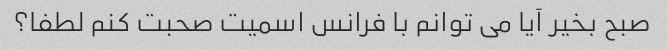
صبح بخیر آیا می توانم با فرانس اسمیت صحبت کنم لطفا؟